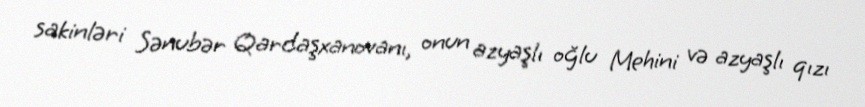
sakinləri Sənubər Qardaşxanovanı, onun azyaşlı oğlu Mehini və azyaşlı qızı